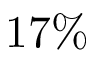
1 7 \%